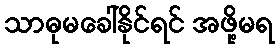
သာဓုမခေါ်နိုင်ရင် အဖို့မရ